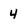
Character: 4